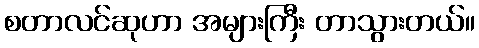
စတာလင်ဆုဟာ အများကြီး တာသွားတယ်။